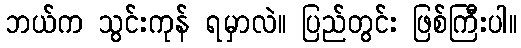
ဘယ်က သွင်းကုန် ရမှာလဲ။ ပြည်တွင်း ဖြစ်ကြီးပါ။